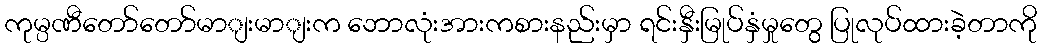
ကုမ္ပဏီတော်တော်မာျးမာျးက ဘောလုံးအားကစားနည်းမှာ ရင်းနှီးမြုပ်နှံမှုတွေ ပြုလုပ်ထားခဲ့တာကို